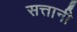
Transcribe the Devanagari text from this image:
सत्तानी